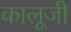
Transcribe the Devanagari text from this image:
कालूजी